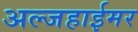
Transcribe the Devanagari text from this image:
अल्जहाईमर